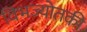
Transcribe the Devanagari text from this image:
विभज्योतकी